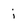
Character: j